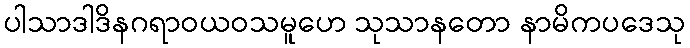
ပါသာဒါဒိနဂရာဝယဝသမူဟေ သုသာနတော နာမိကပဒေသု